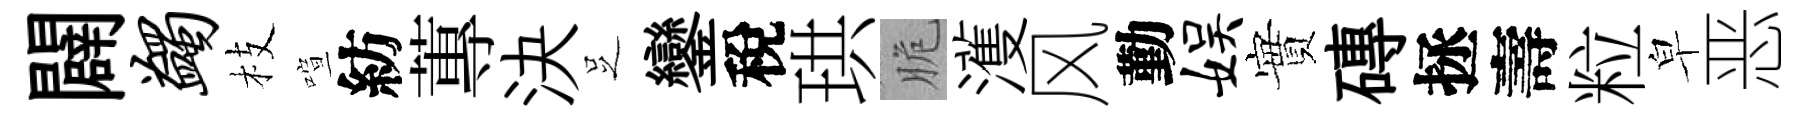
闢蠲枝喧紡蓴決𠯁鑾稅珙脆濩风勤娱實磚拯壽粒皁恶